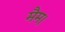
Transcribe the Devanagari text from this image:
मैम।